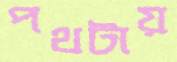
পথটায়